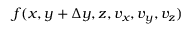
f ( x , y + \Delta y , z , v _ { x } , v _ { y } , v _ { z } )